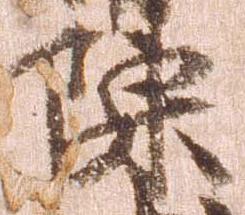
陳